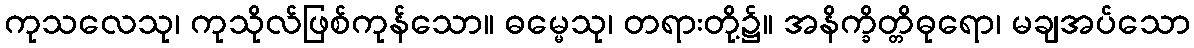
ကုသလေသု၊ ကုသိုလ်ဖြစ်ကုန်သော။ ဓမ္မေသု၊ တရားတို့၌။ အနိက္ခိတ္တိဓုရော၊ မချအပ်သော